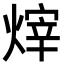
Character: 𪹞